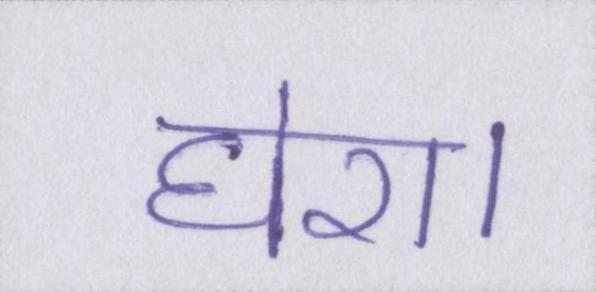
घेरा।